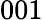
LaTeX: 001